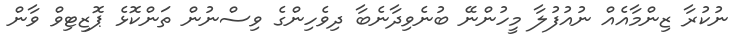
ނުކުރާ ޒިންމާއެއް ނުއުފުލާ މީހުންނޭ ބުނެވިދާނެބާ ދިވެހިންގެ ވިސްނުން ތަންކޮޅެ ޕޮޒިޓިވް ވާން